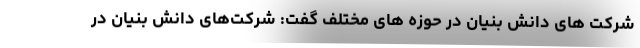
شرکت های دانش بنیان در حوزه های مختلف گفت: شرکت‌های دانش بنیان در